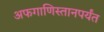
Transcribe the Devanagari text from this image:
अफगाणिस्तानपर्यंत